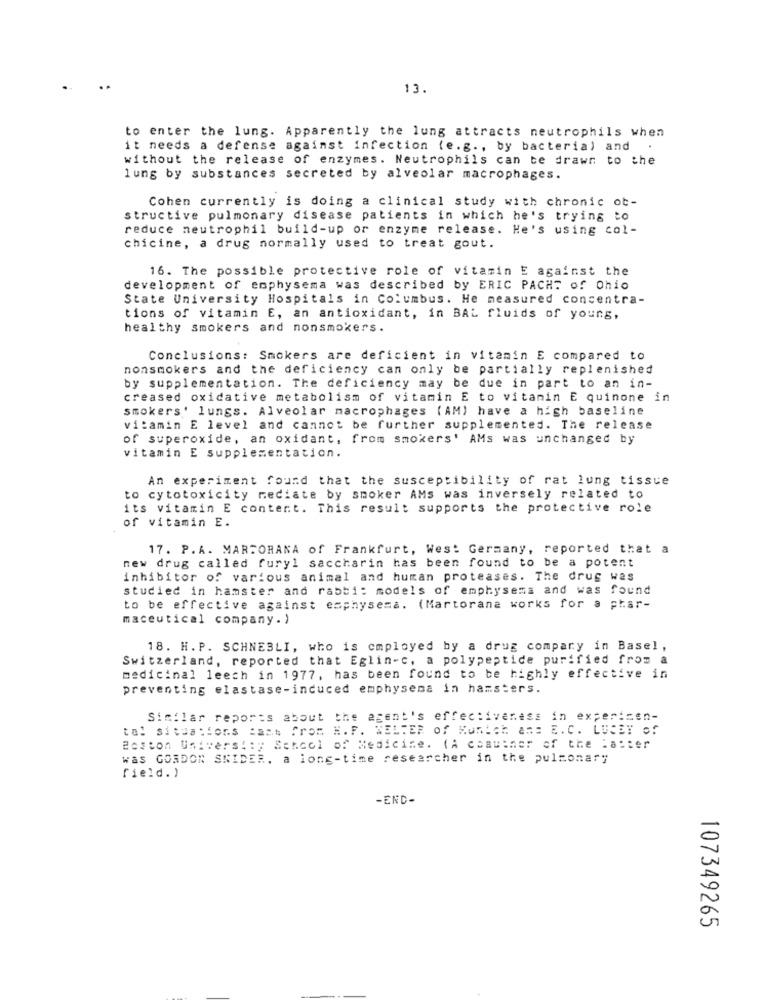
13.
to enter the lung. Apparently the lung attracts neutrophils when
it needs a defense against infection (e.g ., by bacteria) and
.
without the release of enzymes. Neutrophils can be drawn to the
lung by substances secreted by alveolar macrophages.
Cohen currently is doing a clinical study with chronic ot-
structive pulmonary disease patients in which he's trying to
reduce neutrophil build-up or enzyme release. He's using col-
chicine, a drug normally used to treat gout.
16. The possible protective role of vitamin E against the
development of emphysema was described by ERIC PACHT of Ohio
State University Hospitals in Columbus. He measured concentra-
tions of vitamin E, an antioxidant, in BAL fluids of young,
healthy smokers and nonsmokers.
Conclusions: Smokers are deficient in vitamin E compared to
nonsmokers and the deficiency can only be partially replenished
by supplementation. The deficiency may be due in part to an in-
creased oxidative metabolism of vitamin E to vitamin E quinone in
smokers' lungs. Alveolar macrophages (AM) have a high baseline
vitamin E level and cannot be further supplemented. The release
of superoxide, an oxidant, from smokers' AMs was unchanged by
vitamin E supplementation.
An experiment found that the susceptibility of rat lung tissue
to cytotoxicity mediate by smoker AMs was inversely related to
its vitamin E content. This result supports the protective role
of vitamin E.
17. P. A. MARTORANA of Frankfurt, West Germany, reported that a
new drug called furyl saccharin has been found to be a potent
inhibitor of various animal and human proteases. The drug was
studied in hamster and rabbi: models of emphysema and was found
to be effective against emphysema. (Martorana works for a phar-
maceutical company. )
18. H. P. SCHNESLI, who is employed by a drug compary in Basel ,
Switzerland, reported that Eglin-c, a polypeptide purified from a
medicinal leech in 1977, has been found to be highly effective in
preventing elastase-induced emphysema in hamsters.
Similar reports about the agent's effectiveness in experimen-
tal situations :ans From H. F. WELTER of Kunich ass E. C. LUCET of
Boston University Sencol of Medicine. (A coattner of the latter
Was GORDON SNIDER, a long-time researcher in the pulmonary
field.)
-END-
107349265